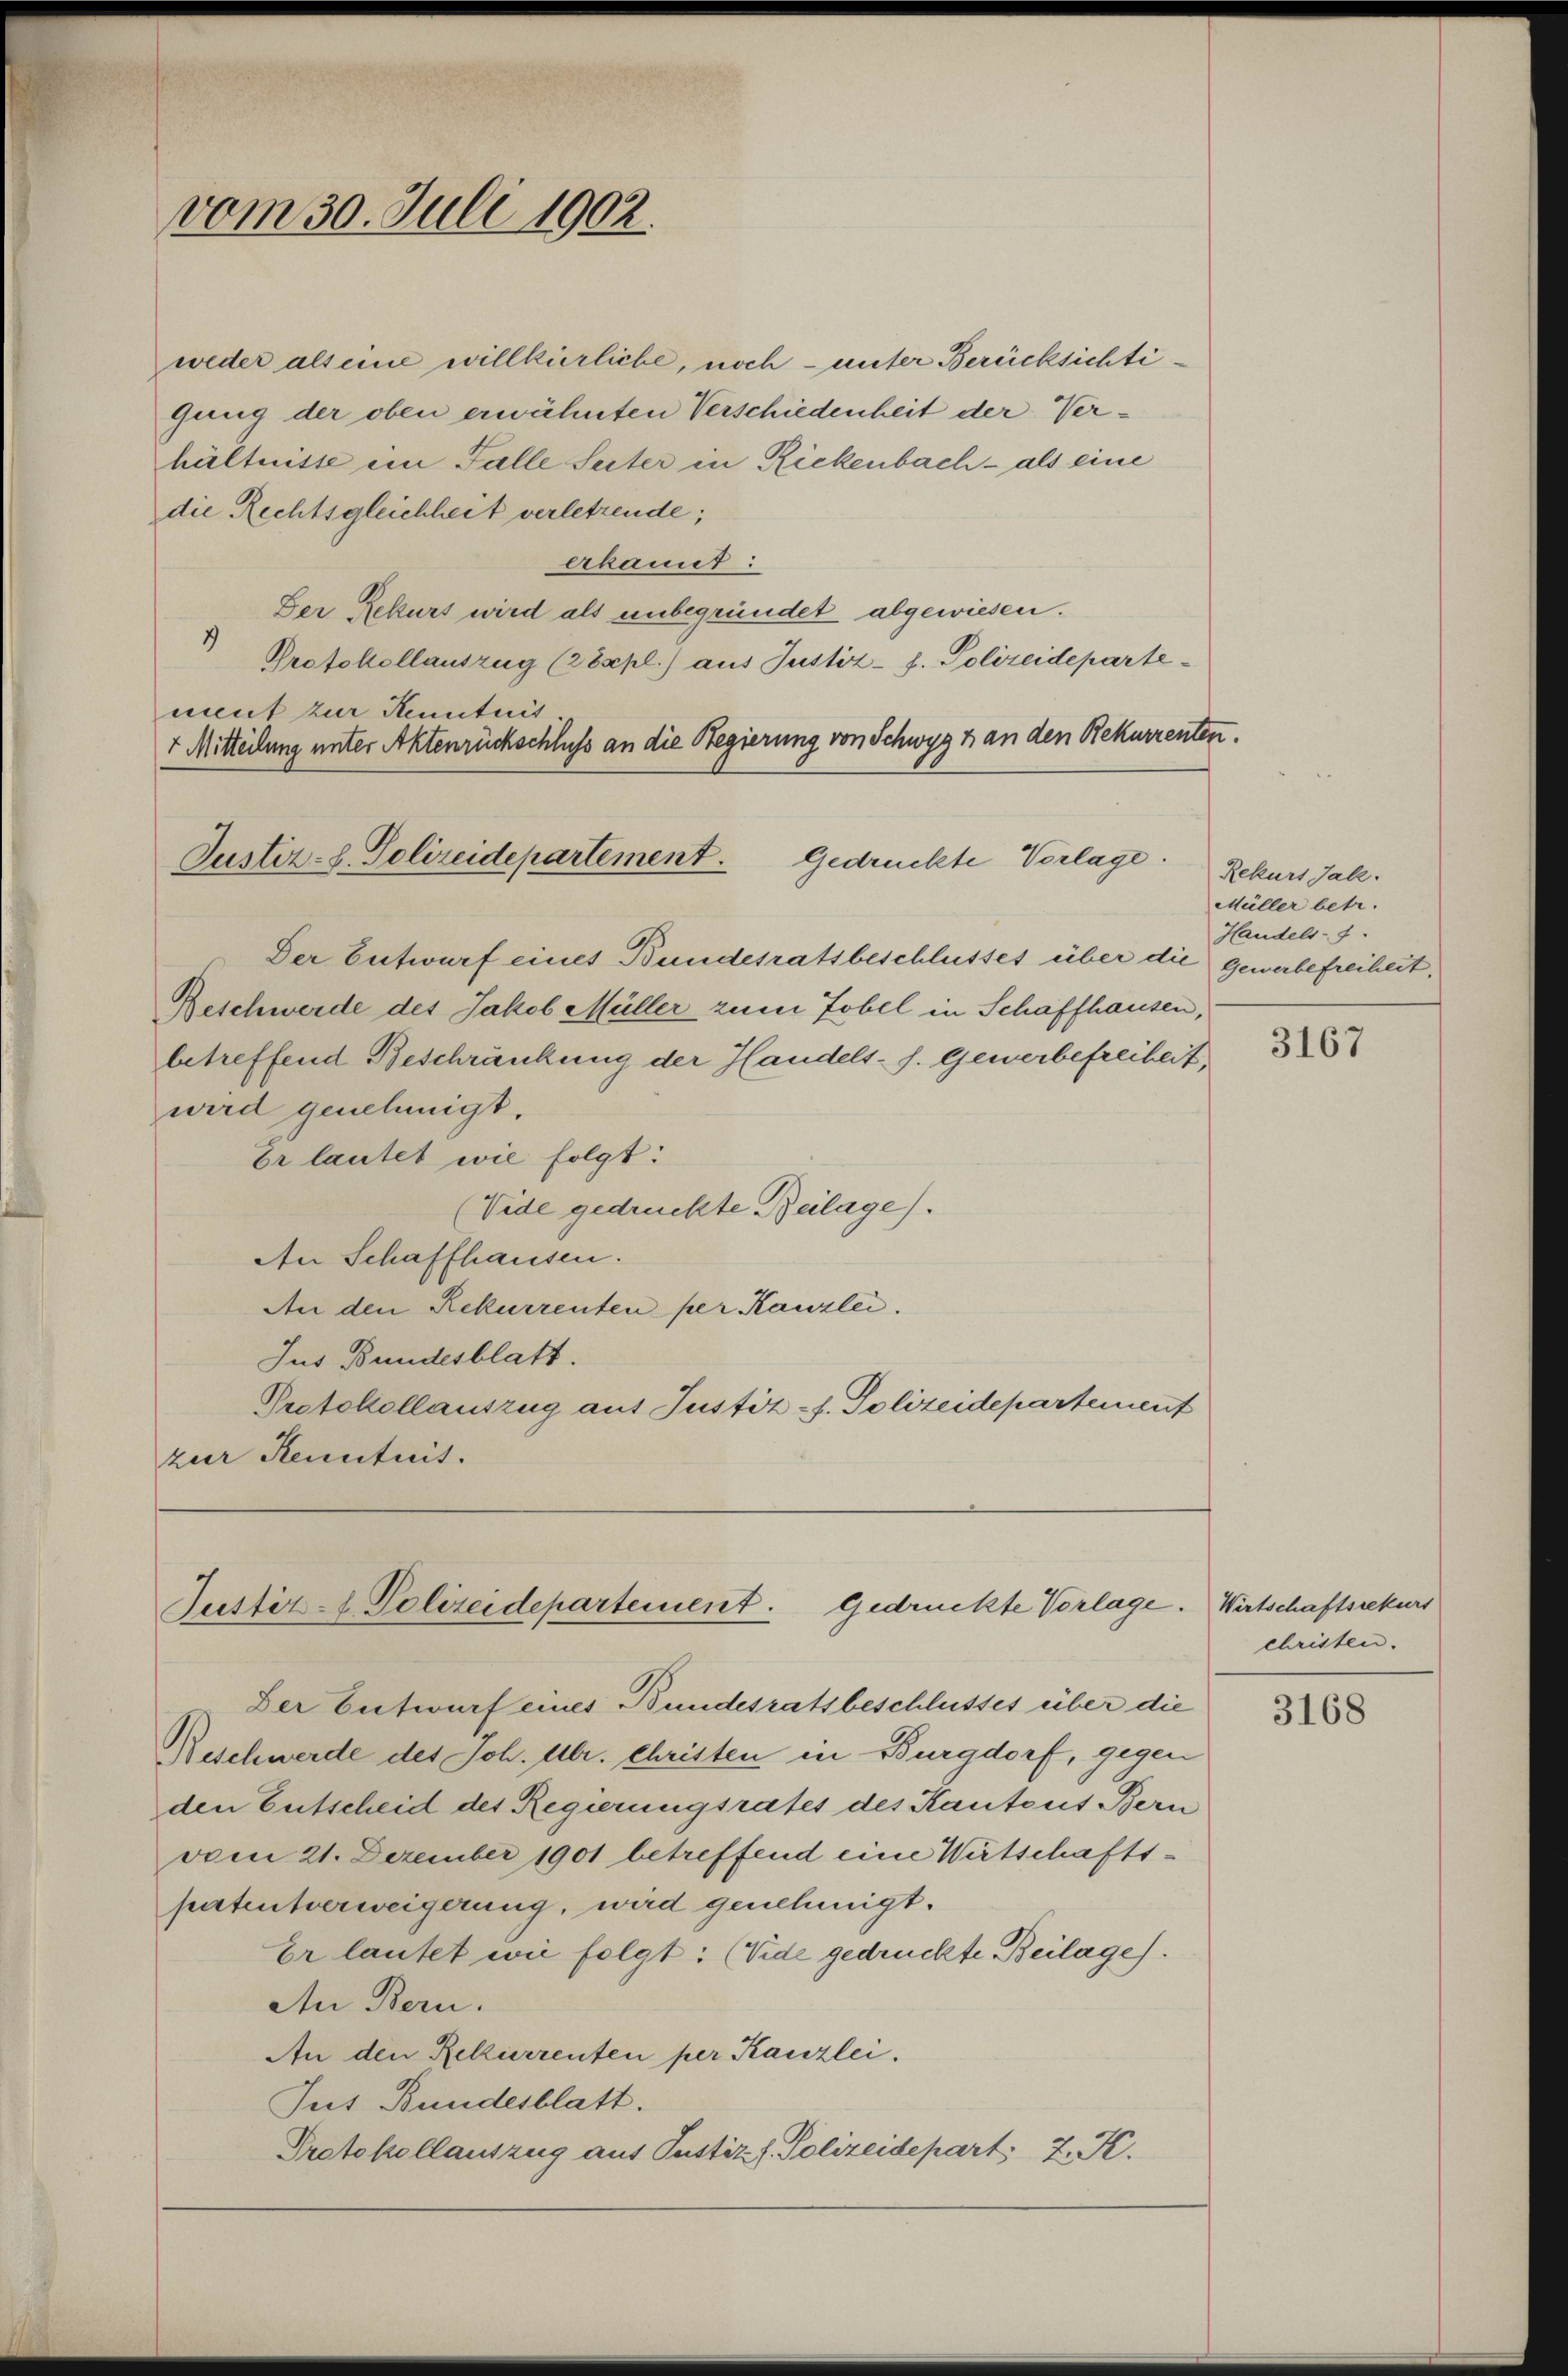
ment zur Kenntnis
+ Mitteilung unter Aktenrückschluß an die Regierung von Schwyz 3 an den Rekurrenten.
Justiz-S. Polizeidepartement.

Justiz- & Polizeidepartement. Gedrückte Vorlage.

vom 30. Juli 1902.

weder als eine willkierliche, noch – unter Berücksichtigung der oben erwähnten Verschiedenheit der Verhältnisse ein Falle Seiter in Rickenbach - als eine
die Rechtsgleichheit verletzende;
erkannt:
Der Rekurs wird als unbegründet abgewiesen.
9
Protokollauszug (28spl.) aus Justiz- J. Polizeideparte
Gedrückte Vorlage.
Der Entwurf eines Bundesratsbeschlusses über die Gewerbefreiheit
Beschwerde des Jakob Müller zum Tobel in Schaffhausen,
betreffend Beschränkung der Handels- s. Gewerbefreiheit
wird genehmigt.
Er lautet wie folgt:
(Vide gedruckte Beilage).
An Schaffhausen.
An den Rekurrenten per Kanzlei.
Jus Bundesblatt.
Protokollauszug auf Justiz-J. Polizeidepartement
zur Kenntnit.

Der Entwurf eines Bundesratsbeschlusses über die
Beschwerde des Joh. Ulr. Christen in Burgdorf, gegen
den Entscheid des Regierungsrates des Kantons Bern
vom 21. Dezember 1901 betreffend eine Wirtschaftspatentverweigerung, wird genehmigt.
Er lautet wie folgt: (Vide gedrückte Beilage).
An Bern.
An den Rekurrenten per Kanzlei,
Jut Bundesblatt.
Protokollauszug aus Justiz f. Polizeidepart. 2. K.

Rekurs Jak.
Müller betr.
Handels- 1.

3167

Wirtschaftsrekurs
christen.

3168